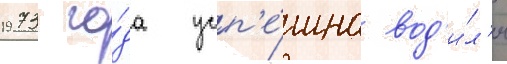
1973 го́да усп'е́шно вод'и́л'и